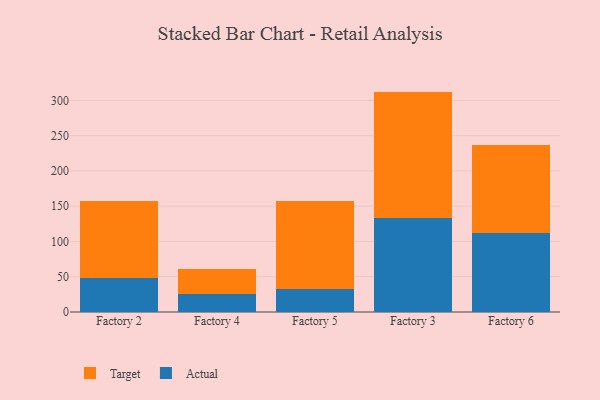
{"axis": {"x": "Factory", "y": "Market Share (%)"}, "legend": ["Actual", "Target"], "data": [{"x": "Factory 2", "y": 47.6, "type": "Actual"}, {"x": "Factory 2", "y": 110.0, "type": "Target"}, {"x": "Factory 4", "y": 25.5, "type": "Actual"}, {"x": "Factory 4", "y": 35.0, "type": "Target"}, {"x": "Factory 5", "y": 32.0, "type": "Actual"}, {"x": "Factory 5", "y": 125.0, "type": "Target"}, {"x": "Factory 3", "y": 133.5, "type": "Actual"}, {"x": "Factory 3", "y": 178.9, "type": "Target"}, {"x": "Factory 6", "y": 111.8, "type": "Actual"}, {"x": "Factory 6", "y": 124.3, "type": "Target"}]}